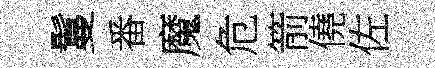
鬘番魔危箭僥佐